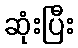
ဆုံးပြီး